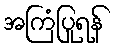
အကြံပြုရန်